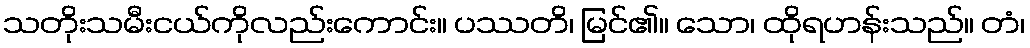
သတိုးသမီးငယ်ကိုလည်းကောင်း။ ပဿတိ၊ မြင်၏။ သော၊ ထိုရဟန်းသည်။ တံ၊